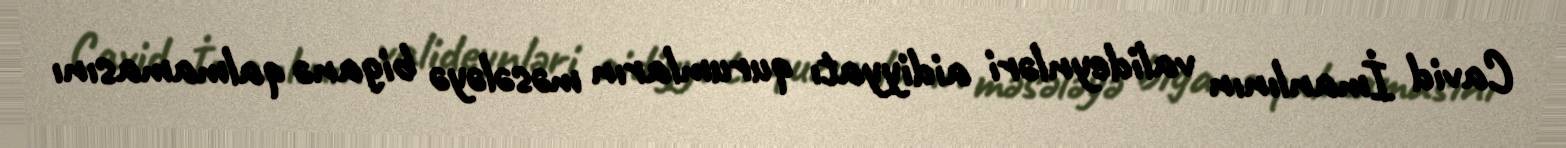
Cavid İmanlının valideynləri aidiyyatı qurumların məsələyə biganə qalmamasını